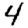
Digit: 4